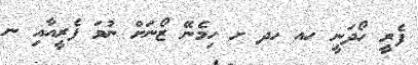
ފެރީ ހޯދަނީ ހއ ހދ ށ ހިމެނޭ ޒޯނަށް ނުވަ ފެރީއާއި ނ